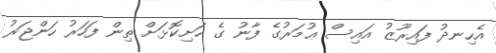
އެހިނދު ފައިރޫޒު އައިސް ޢުމަރުގެ ފާނު ގެ ހަށިކޮޅަށް ތިން ފަހަރު ހަންޖަރު